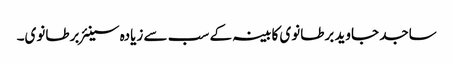
ساجد جاوید برطانوی کابینہ کے سب سے زیادہ سینئر برطانوی۔